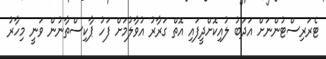
ޓެރަރިސްޓުންނަށް އަދަބު ލުއިކޮށްދީފައި އޮތް ގަރާރު އުވާލުމަށް ފަހު ޕާކިސްތާނުން ވަނީ މިހާރު